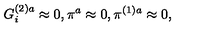
G _ { i } ^ { ( 2 ) a } \approx 0 , \pi ^ { a } \approx 0 , \pi ^ { ( 1 ) a } \approx 0 ,